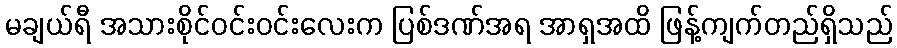
မချယ်ရီ အသားစိုင်ဝင်းဝင်းလေးက ပြစ်ဒဏ်အရ အာရှအထိ ဖြန့်ကျက်တည်ရှိသည်